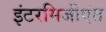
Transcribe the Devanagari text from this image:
इंटरमिजीएंत